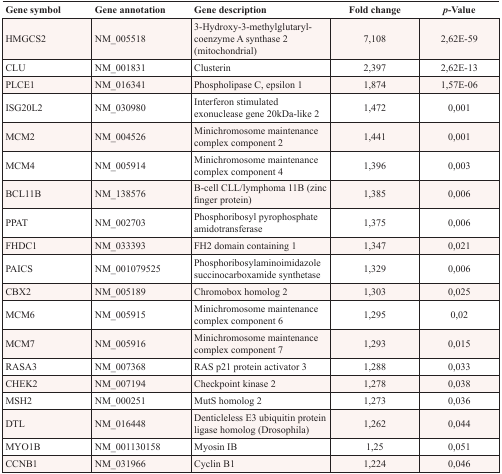
<table><thead><tr><td><b>Gene symbol</b></td><td><b>Gene annotation</b></td><td><b>Gene description</b></td><td><b>Fold change</b></td><td><b><i>p</i>-Value</b></td></tr></thead><tbody><tr><td>HMGCS2</td><td>NM_005518</td><td>3-Hydroxy-3-methylglutaryl-coenzyme A synthase 2 (mitochondrial)</td><td>7,108</td><td>2,62E-59</td></tr><tr><td>CLU</td><td>NM_001831</td><td>Clusterin</td><td>2,397</td><td>2,62E-13</td></tr><tr><td>PLCE1</td><td>NM_016341</td><td>Phospholipase C, epsilon 1</td><td>1,874</td><td>1,57E-06</td></tr><tr><td>ISG20L2</td><td>NM_030980</td><td>Interferon stimulated exonuclease gene 20kDa-like 2</td><td>1,472</td><td>0,001</td></tr><tr><td>MCM2</td><td>NM_004526</td><td>Minichromosome maintenance complex component 2</td><td>1,441</td><td>0,001</td></tr><tr><td>MCM4</td><td>NM_005914</td><td>Minichromosome maintenance complex component 4</td><td>1,396</td><td>0,003</td></tr><tr><td>BCL11B</td><td>NM_138576</td><td>B-cell CLL/lymphoma 11B (zinc finger protein)</td><td>1,385</td><td>0,006</td></tr><tr><td>PPAT</td><td>NM_002703</td><td>Phosphoribosyl pyrophosphate amidotransferase</td><td>1,375</td><td>0,006</td></tr><tr><td>FHDC1</td><td>NM_033393</td><td>FH2 domain containing 1</td><td>1,347</td><td>0,021</td></tr><tr><td>PAICS</td><td>NM_001079525</td><td>Phosphoribosylaminoimidazole succinocarboxamide synthetase</td><td>1,329</td><td>0,006</td></tr><tr><td>CBX2</td><td>NM_005189</td><td>Chromobox homolog 2</td><td>1,303</td><td>0,025</td></tr><tr><td>MCM6</td><td>NM_005915</td><td>Minichromosome maintenance complex component 6</td><td>1,295</td><td>0,02</td></tr><tr><td>MCM7</td><td>NM_005916</td><td>Minichromosome maintenance complex component 7</td><td>1,293</td><td>0,015</td></tr><tr><td>RASA3</td><td>NM_007368</td><td>RAS p21 protein activator 3</td><td>1,288</td><td>0,033</td></tr><tr><td>CHEK2</td><td>NM_007194</td><td>Checkpoint kinase 2</td><td>1,278</td><td>0,038</td></tr><tr><td>MSH2</td><td>NM_000251</td><td>MutS homolog 2</td><td>1,273</td><td>0,036</td></tr><tr><td>DTL</td><td>NM_016448</td><td>Denticleless E3 ubiquitin protein ligase homolog (Drosophila)</td><td>1,262</td><td>0,044</td></tr><tr><td>MYO1B</td><td>NM_001130158</td><td>Myosin IB</td><td>1,25</td><td>0,051</td></tr><tr><td>CCNB1</td><td>NM_031966</td><td>Cyclin B1</td><td>1,224</td><td>0,046</td></tr></tbody></table>